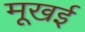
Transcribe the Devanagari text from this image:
मूखई